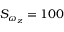
S _ { \omega _ { z } } = 1 0 0 \